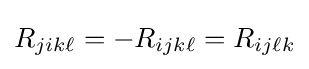
R_{jik\ell }=-R_{ijk\ell }=R_{ij\ell k}